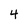
Character: 4